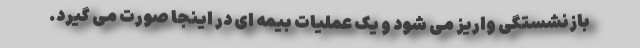
بازنشستگی واریز می شود و یک عملیات بیمه ای در اینجا صورت می گیرد.